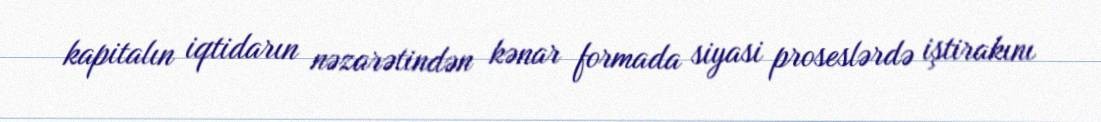
kapitalın iqtidarın nəzarətindən kənar formada siyasi proseslərdə iştirakını